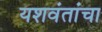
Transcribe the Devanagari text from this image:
यशवंतांचा